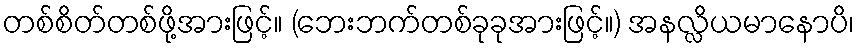
တစ်စိတ်တစ်ဖို့အားဖြင့်။ (ဘေးဘက်တစ်ခုခုအားဖြင့်။) အနလ္လိယမာနောပိ၊